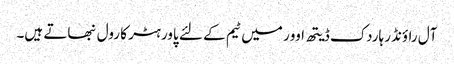
آل راؤنڈر ہاردک ڈیتھ اوور میں ٹیم کے لئے پاور ہٹر کا رول نبھاتے ہیں۔